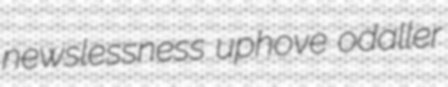
newslessness uphove odaller